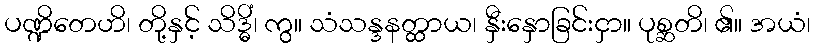
ပဏ္ဍိတေဟိ၊ တို့နှင့် သိဒ္ဓိံ၊ ကွ။ သံသန္ဒနတ္ထာယ၊ နှီးနှောခြင်းငှာ။ ပုစ္ဆတိ၊ ၏။ အယံ၊